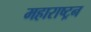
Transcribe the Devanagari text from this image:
महाराष्ट्रन